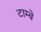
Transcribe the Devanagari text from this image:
टाम्बे